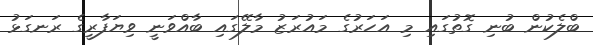
ބްލެކުން ބުނި ގޮތުގައި މި އަހަރުގެ މައުރަޒު މާލޭގައި ބާއްވަނީ ވިޔަފާރީގެ ރަނގަޅު